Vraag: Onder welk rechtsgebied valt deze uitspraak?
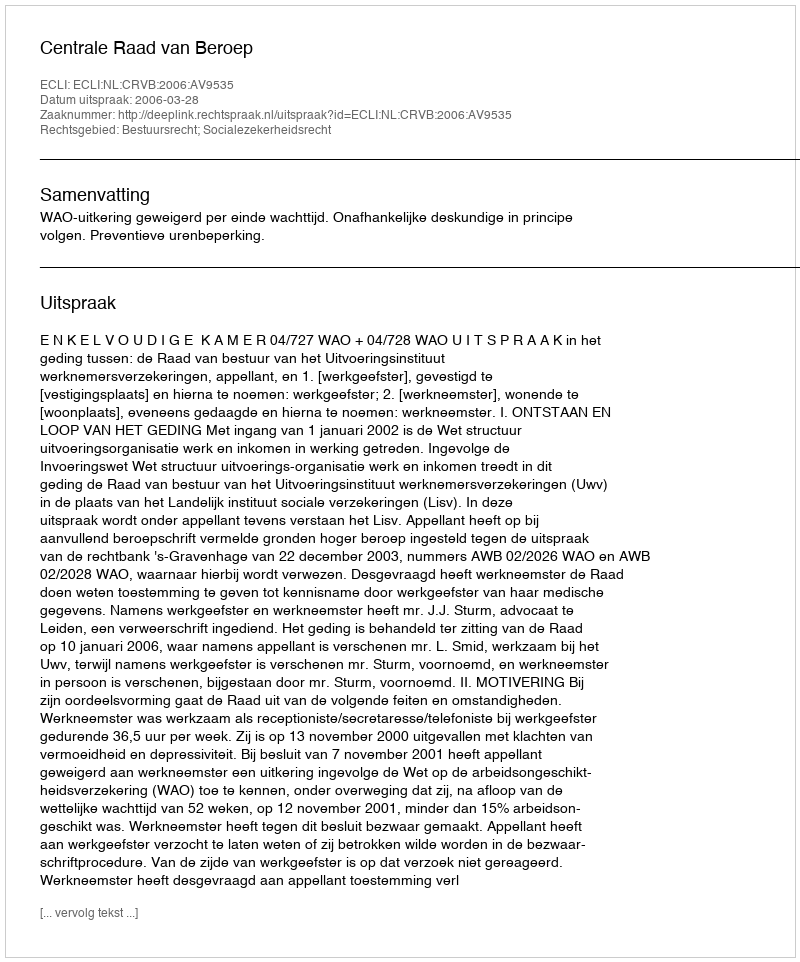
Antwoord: Bestuursrecht; Socialezekerheidsrecht